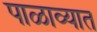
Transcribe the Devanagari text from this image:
पाळाव्यात